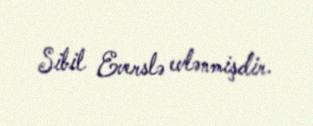
Sibil Everslə evlənmişdir.